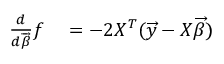
\begin{array} { r l } { { \frac { d } { d { \overrightarrow { \beta } } } } f } & { { } = - 2 X ^ { T } ( { \overrightarrow { y } } - X { \overrightarrow { \beta } } ) } \end{array}